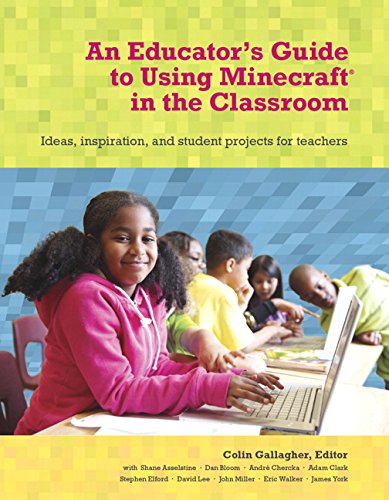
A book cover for An Educator's Guide to Using MinecraftÂ® in the Classroom: Ideas, inspiration, and student projects for teachers; Colin Gallagher; Humor & Entertainment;